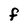
Character: f